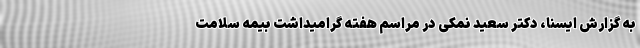
به گزارش ایسنا، دکتر سعید نمکی در مراسم هفته گرامیداشت بیمه سلامت